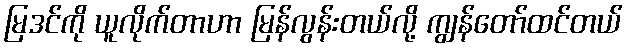
မြဒင်ကို ယူလိုက်တာဟာ မြန်လွန်းတယ်လို့ ကျွန်တော်ထင်တယ်